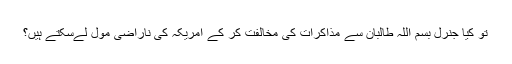
تو کیا جنرل بسم اللہ طالبان سے مذاکرات کی مخالفت کر کے امریکہ کی ناراضی مول لےسکتے ہیں؟